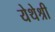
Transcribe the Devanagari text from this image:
येथेश्री